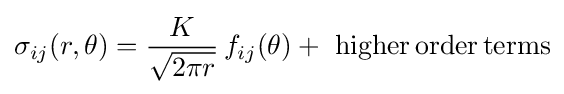
\sigma _{ij}(r,\theta )={\frac {K}{\sqrt {2\pi r}}}\,f_{ij}(\theta )+\,\,{\rm {higher\,order\,terms}}